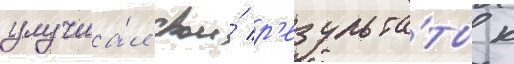
улучша́л свои́ р'езульта́ты к